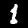
Label: 1